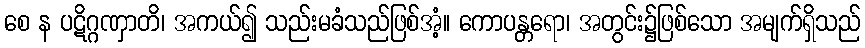
စေ န ပဋိဂ္ဂဏှာတိ၊ အကယ်၍ သည်းမခံသည်ဖြစ်အံ့။ ကောပန္တရော၊ အတွင်း၌ဖြစ်သော အမျက်ရှိသည်